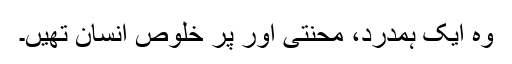
وہ ایک ہمدرد، محنتی اور پر خلوص انسان تھیں۔